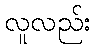
လူလည်း